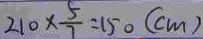
2 1 0 \times \frac { 5 } { 7 } = 1 5 0 ( c m )